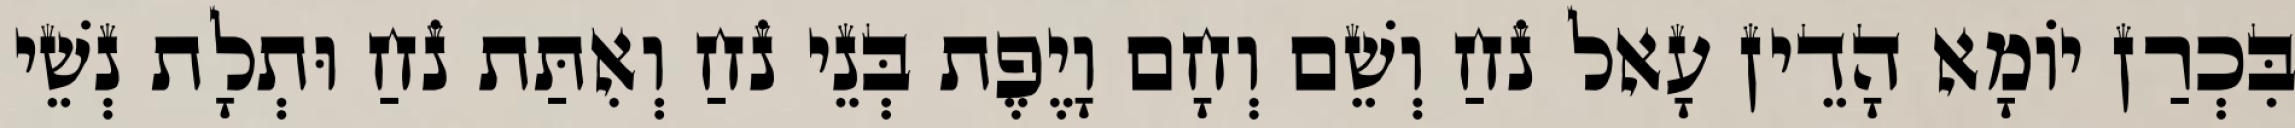
בִּכְרַן יוֹמָא הָדֵין עָאל נֹחַ וְשֵׁם וְחָם וָיֶפֶת בְּנֵי נֹחַ וְאִתַּת נֹחַ וּתְלָת נְשֵׁי